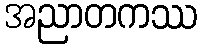
အညာတကဿ